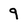
Character: 9